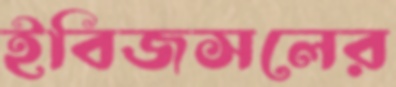
ইবিজসলের